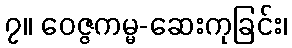
၇။ ဝေဇ္ဇကမ္မ-ဆေးကုခြင်း၊